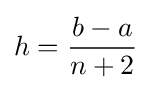
h={\frac {b-a}{n+2}}